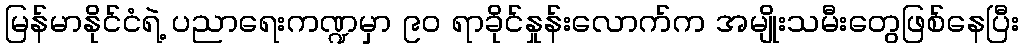
မြန်မာနိုင်ငံရဲ့ ပညာရေးကဏ္ဍမှာ ၉၀ ရာခိုင်နှုန်းလောက်က အမျိုးသမီးတွေဖြစ်နေပြီး